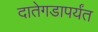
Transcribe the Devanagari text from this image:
दातेगडापर्यंत